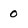
Character: 0